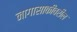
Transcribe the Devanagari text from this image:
नागासाकीवरील